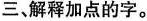
三、解释加点的字。